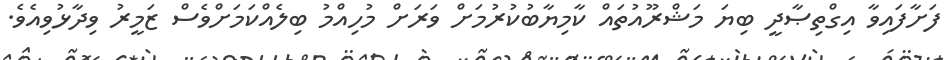
ފަށާފައިވާ އިގްތިޞާދީ ބިޔަ މަޝްރޫއުތައް ކާމިޔާބުކުރުމަށް ވަރަށް މުހިއްމު ބިލެއްކަމަށްވެސް ޒަމީރު ވިދާޅުވިއެވެ.